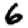
Digit: 6